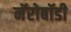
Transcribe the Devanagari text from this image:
नॅरोबॉडी